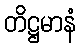
တိဋ္ဌမာနံ